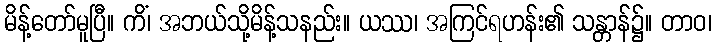
မိန့်တော်မူပြီ။ ကိံ၊ အဘယ်သို့မိန့်သနည်း။ ယဿ၊ အကြင်ရဟန်း၏ သန္တာန်၌။ တာဝ၊